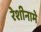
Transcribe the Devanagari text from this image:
रेशीनामे